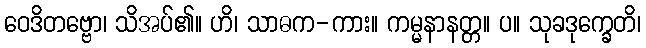
ဝေဒိတဗ္ဗော၊ သိအပ်၏။ ဟိ၊ သာဓက-ကား။ ကမ္မနာနတ္တ။ ပ။ သုခဒုက္ခေတိ၊